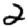
Digit: 2